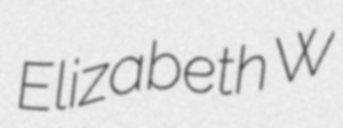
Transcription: Elizabeth W